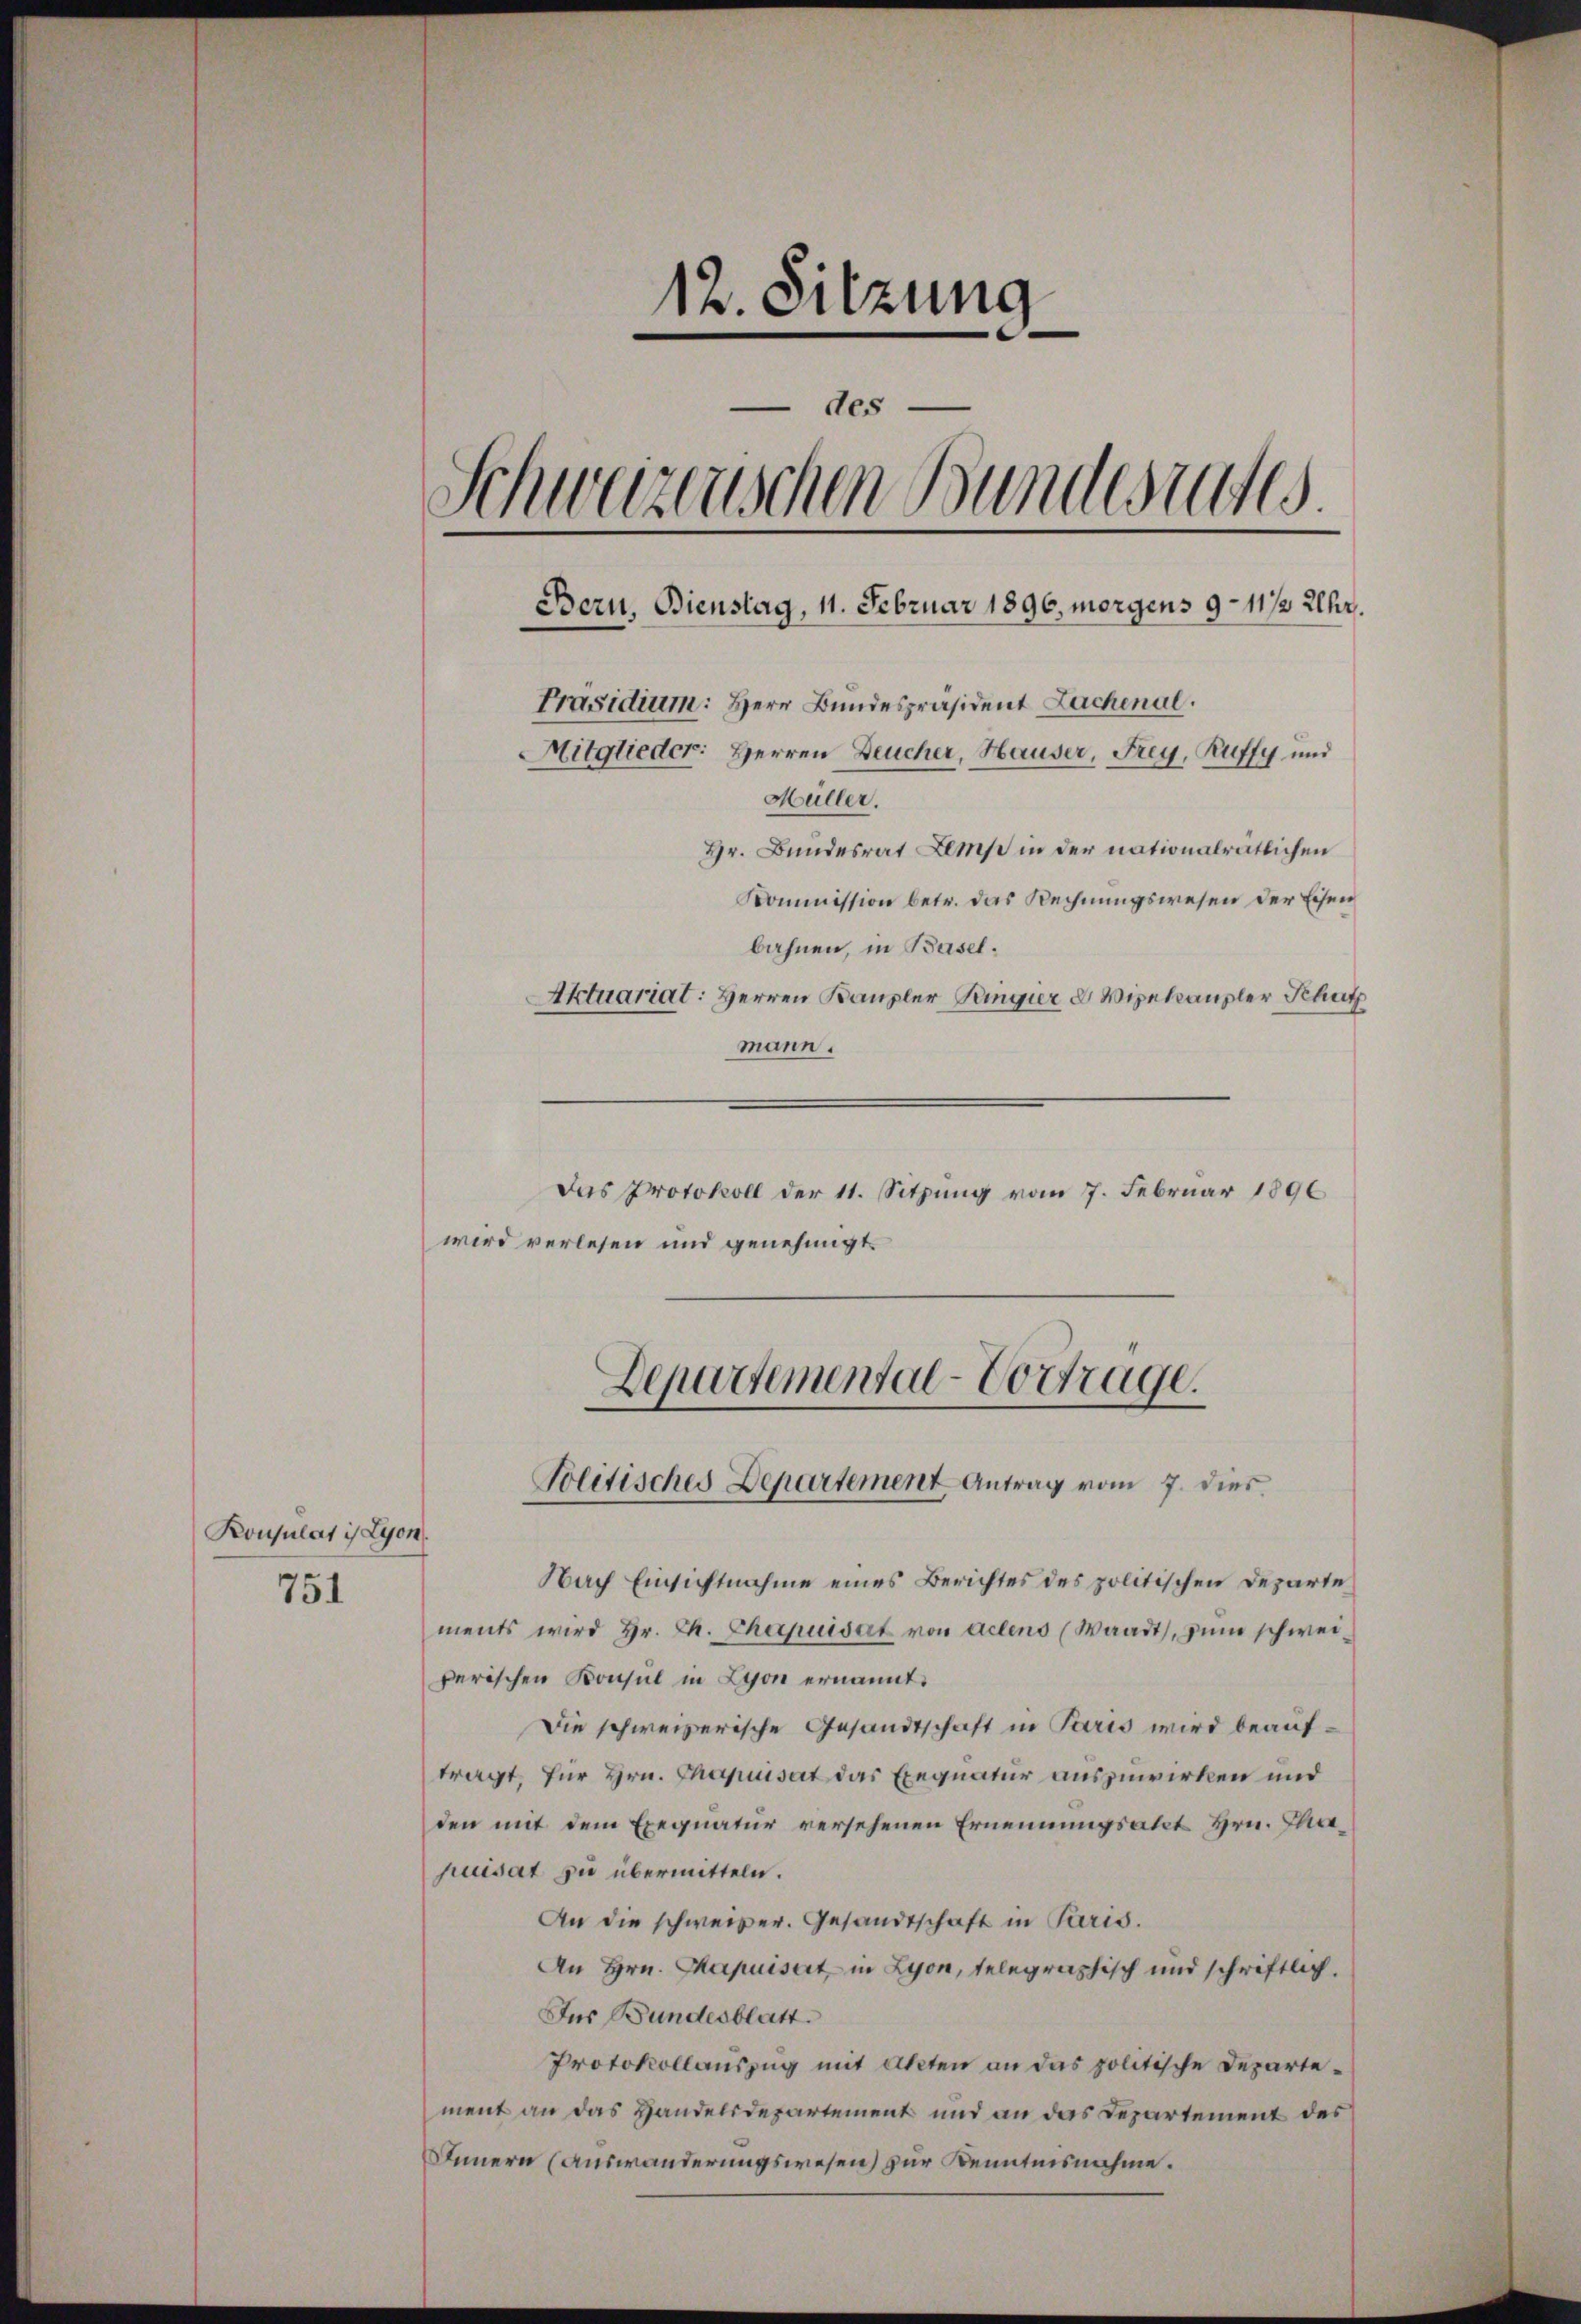
Konsulat is Lyon.
751

12. Sitzung
des
Schweizerischen Bundesrates.
Bern, Bienstag, 11. Februar 1896, morgens 9-11/2 Uhr.
Präsidium: Herr Bundespräsident Lachenal.
Mitglieder: Herren Deucher, Hauser, Frey, Puffy und
Müller.
Hr. Bundesrat Lemp in der nationalrätlichen
Kommission betr. das Rechnungswesen der Eisen
bahnen, in Basel.
Aktuariat: Herren Kanzler Ringier 2 Vizekanzler Schutz
mann.

Das Protokoll der 11. Sitzung vom 7. Februar 1896
wird verlesen und genehmigt.

Departemental-Vortrage.
Solitisches Departement Antrag vom 7. dies

Nach Einsichtnahme eines Berichtes des politischen Departe
ments wird Hr. C. Chapuidat von Actens (Waadt, zum schweiperischen Konsul in Lyon ernannt.
Die schweizerische Gesandtschaft in Paris wird beauftragt, für Hrn. Chapuisart das Exequatur auszuwirken und
den mit dem Exequatur versehenen Ernennungsakt Hrn. Mahuisat zu übermitteln.
An die schweizer. Gesandtschaft in Paris.
An Hrn. Capuisart in Lyon, telegraphisch und schriftlich.
Fns Bundesblatt.
Protokollauszug mit Akten an das politische Departement an das Handelsdepartement und an das Departement des
Innern (Auswanderungswesen) zur Kenntnisnahme.